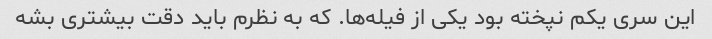
این سری یکم نپخته بود یکی از فیله‌ها. که به نظرم باید دقت بیشتری بشه